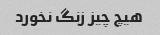
هیچ چیز زنگ نخورد